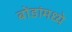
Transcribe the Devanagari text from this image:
बोंडांमध्ये